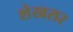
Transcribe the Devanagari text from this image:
शेखसर